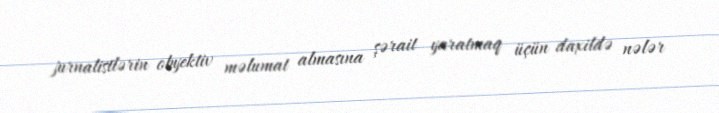
jurnalistlərin obyektiv məlumat almasına şərait yaratmaq üçün daxildə nələr